Report on inoculation in the plague infected areas of the Punjab and its dependencies from October 1900 to September 1901
Year: 1900
Disease focus: Plague
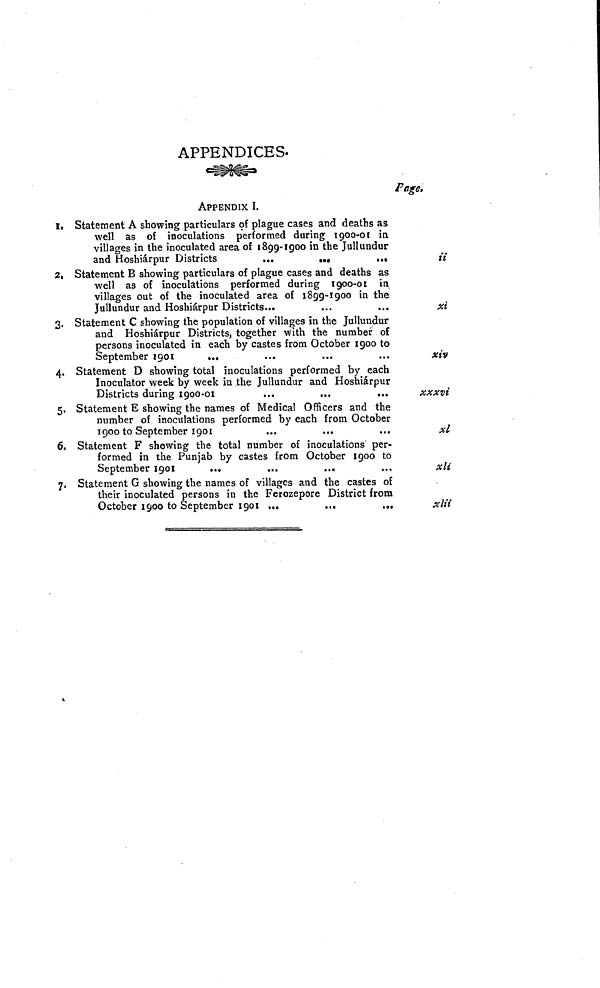
APPENDICES.
I,
2,
3.
4
5
6.
7.
APPENDIX I.
Statement A showing particulars of plague cases and deaths as
well as of inoculations performed during 1900-01 in
villages in the inoculated area of 1899-1900 in the Jullundur
and Hoshiarpur Districts
...
..
Statement B showing particulars of plague cases and deaths as
well as of inoculations performed during 1900-01 in
villages out of the inoculated area of 1899-1900 in the
Jullundur and Hoshiárpur Districts...
Statement C showing the population of villages in the Jullundur
and Hoshiárpur Districts, together with the number of
persons inoculated in each by castes from October 1900 to
September 1901
...
Statement D showing total inoculations performed by each
Inoculator week by week in the Jullundur and Hoshiárpur
Districts during 1900-01
Statement E showing the names of Medical Officers and the
number of inoculations performed by each from October
1900 to September 1901
Statement F showing the total number of inoculations' per-
formed in the Punjab by castes from October 1900 to
September 1901
...
...
...
Statement G showing the names of villages and the castes of
their inoculated persons in the Ferozepore District from
October 1900 to September 1901 ..
...
...
Page.
it
xi
xiv
xxxvi
xl
xli
xlii